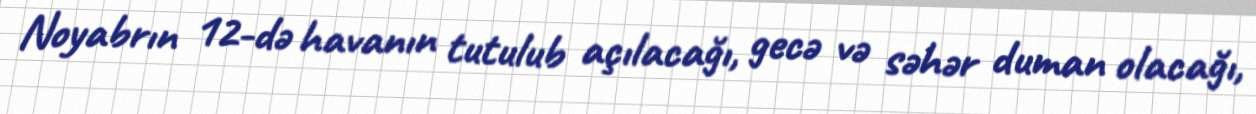
Noyabrın 12-də havanın tutulub açılacağı, gecə və səhər duman olacağı,